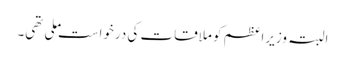
البتہ وزیراعظم کو ملاقات کی درخواست ملی تھی۔